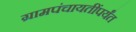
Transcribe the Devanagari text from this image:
ग्रामपंचायतींपर्यंत